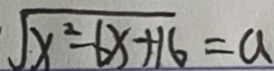
\sqrt { x ^ { 2 } - 6 x + 1 6 } = a